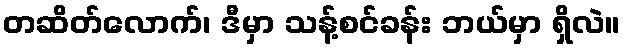
တဆိတ်လောက်၊ ဒီမှာ သန့်စင်ခန်း ဘယ်မှာ ရှိလဲ။